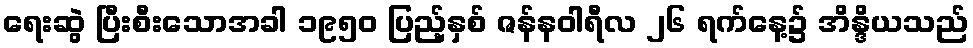
ရေးဆွဲ ပြီးစီးသောအခါ ၁၉၅၀ ပြည့်နှစ် ဇန်နဝါရီလ ၂၆ ရက်နေ့၌ အိန္ဒိယသည်